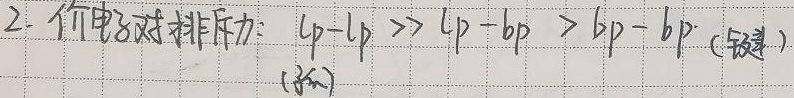
2. 价电子对排斥力：\(lp - lp \gg lp - bp > bp - bp\) (键)(孤)